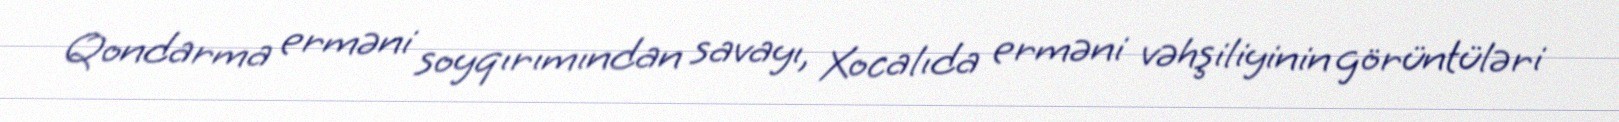
Qondarma erməni soyqırımından savayı, Xocalıda erməni vəhşiliyinin görüntüləri